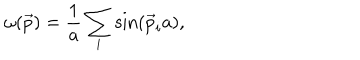
\omega ( \vec { p } ) = { \frac { 1 } { a } } \sum _ { i } \sin ( \vec { p } _ { i } a ) ,